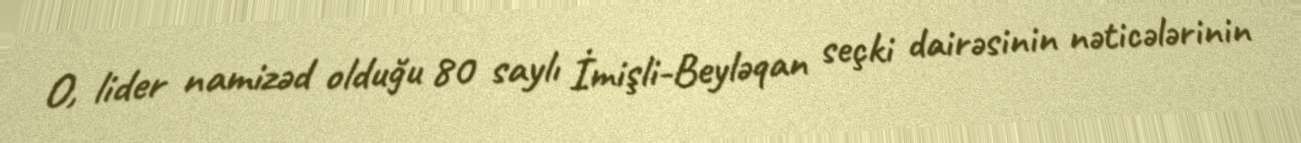
O, lider namizəd olduğu 80 saylı İmişli-Beyləqan seçki dairəsinin nəticələrinin